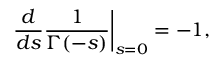
{ \frac { d } { d s } } { \frac { 1 } { \Gamma ( - s ) } } \bigg | _ { s = 0 } = - 1 ,